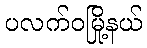
ပလက်ဝမြို့နယ်